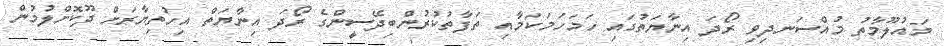
މައުލޫމާތު މުއްސަނދިވި ރޯދަ އިނާޔަތުގައި ހަމަހަމަކަމާއި ތަފާތުކުރުންބިދޭސީންގެ ރޯދަ އިނާޔަތް އިހުތިޔާރަށް ދޫކޮށްލުމުން